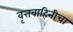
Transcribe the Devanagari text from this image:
वृत्तवाहिनीचा